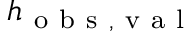
h _ { \mathrm { ~ o ~ b ~ s ~ , ~ v ~ a ~ l ~ } }